Annual administration report of the Civil Veterinary Department, Ajmere-Merwara, British Rajputana - 1914-1940
Year: 1914
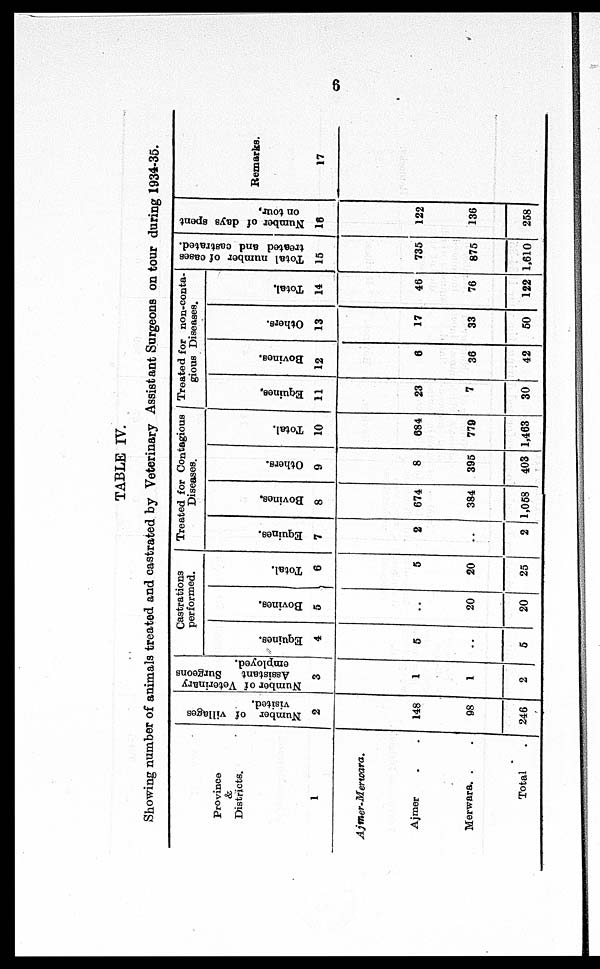
6
TABLE IV.
Showing number of animals treated and castrated by Veterinary Assistant Surgeons on tour during 1934-35.
Province
&
Districts.
1
Ajmer-Merwara.
Ajmer . .
Merwara . .
Total .
Number of villages
visited.
2
148
98
246
Number of Veterinary
Assistant
Surgeons
employed.
3
1
1
2
Castrations
performed.
Equines.
4
5
..
5
Bovines.
5
..
20
20
Total.
6
5
20
25
Treated for Contagious
Diseases.
Equines.
7
2
..
2
Bovines.
8
674
384
1,058
Others.
9
8
395
403
Total.
10
684
779
1,463
Treated for non-conta¬
gious Diseases.
Equines.
11
23
7
30
Bovines.
12
6
36
42
Others.
13
17
33
50
Total.
14
46
76
122
Total number of cases
treated and castrated.
15
735
875
1,610
Number of days spent
on tour.
16
122
136
258
Remarks.
17